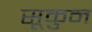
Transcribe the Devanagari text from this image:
सूकुन